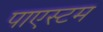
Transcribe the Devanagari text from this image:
पाएस्टम